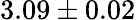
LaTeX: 3.09\pm 0.02